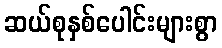
ဆယ်စုနှစ်ပေါင်းများစွာ